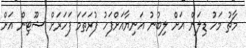
މާޗު މަހު ޑިލަން އަށް ލިބުނު އަނިޔާއަށްފަހު ފުރަތަމަ ފަހަރަށް ޝޫޓިން އަށް